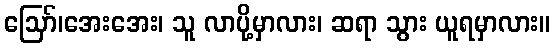
ဪ၊အေးအေး၊ သူ လာပို့မှာလား၊ ဆရာ သွား ယူရမှာလား။